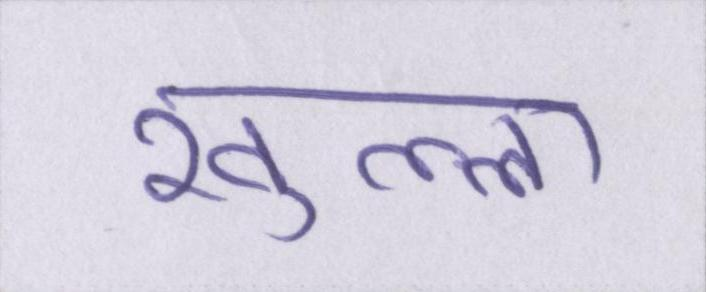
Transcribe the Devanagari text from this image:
खुल्ला